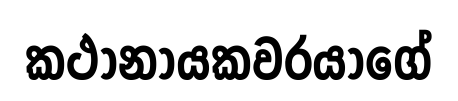
කථානායකවරයාගේ